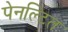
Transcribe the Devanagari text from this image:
पेनल्टित